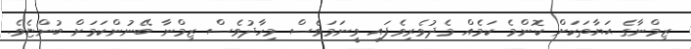
ޒިމްނާގެ ޙަޔާތަކަށް ކޮންމެ ކަމެއް މެދުވެރިވެފައި ވީނަމަވެސް މިހާދުވެސް ޒިމްނާ ބޭނުންކަމަށް ބުންޏެވެ.